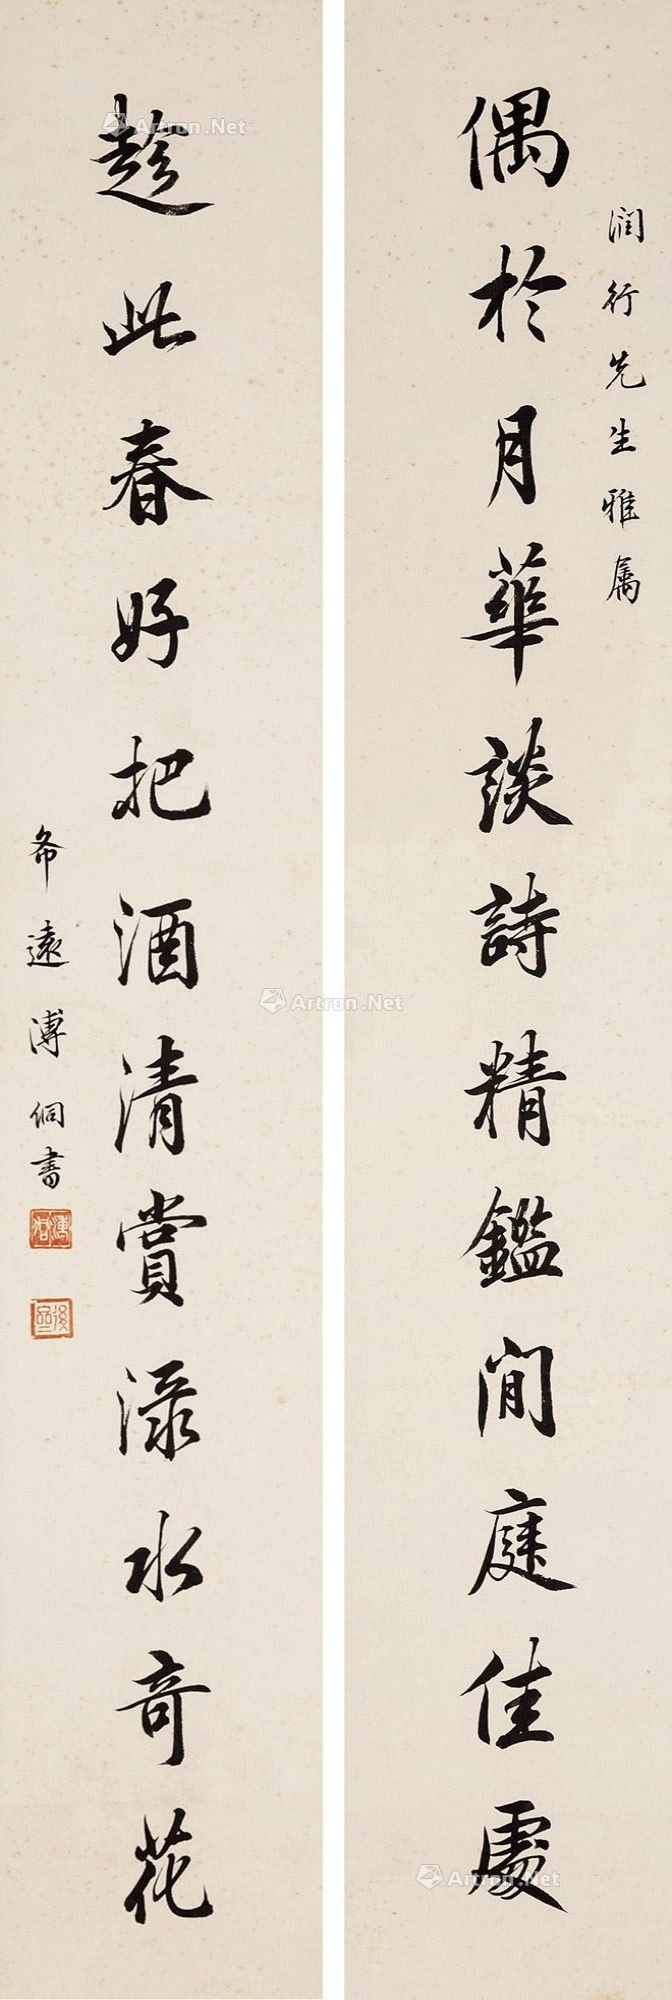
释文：偶于月华谈诗涛精鉴闲庭佳处，趁此春好把酒清赏渌水奇花。润行先生雅嘱，希远溥侗书。